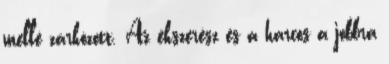
mellé zárkózott. Az ékszerész és a harcos a jobbra